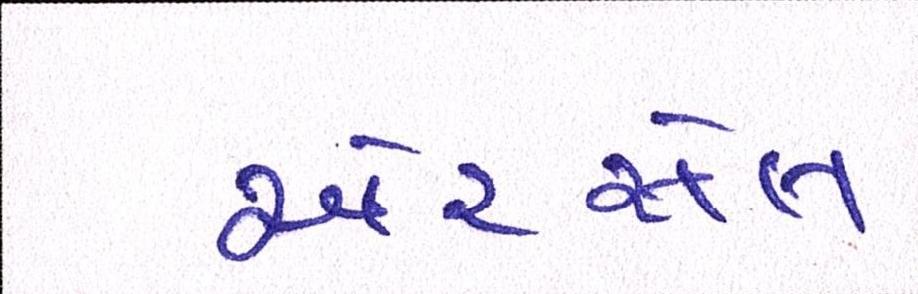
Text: એરસેલ